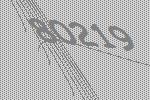
80219